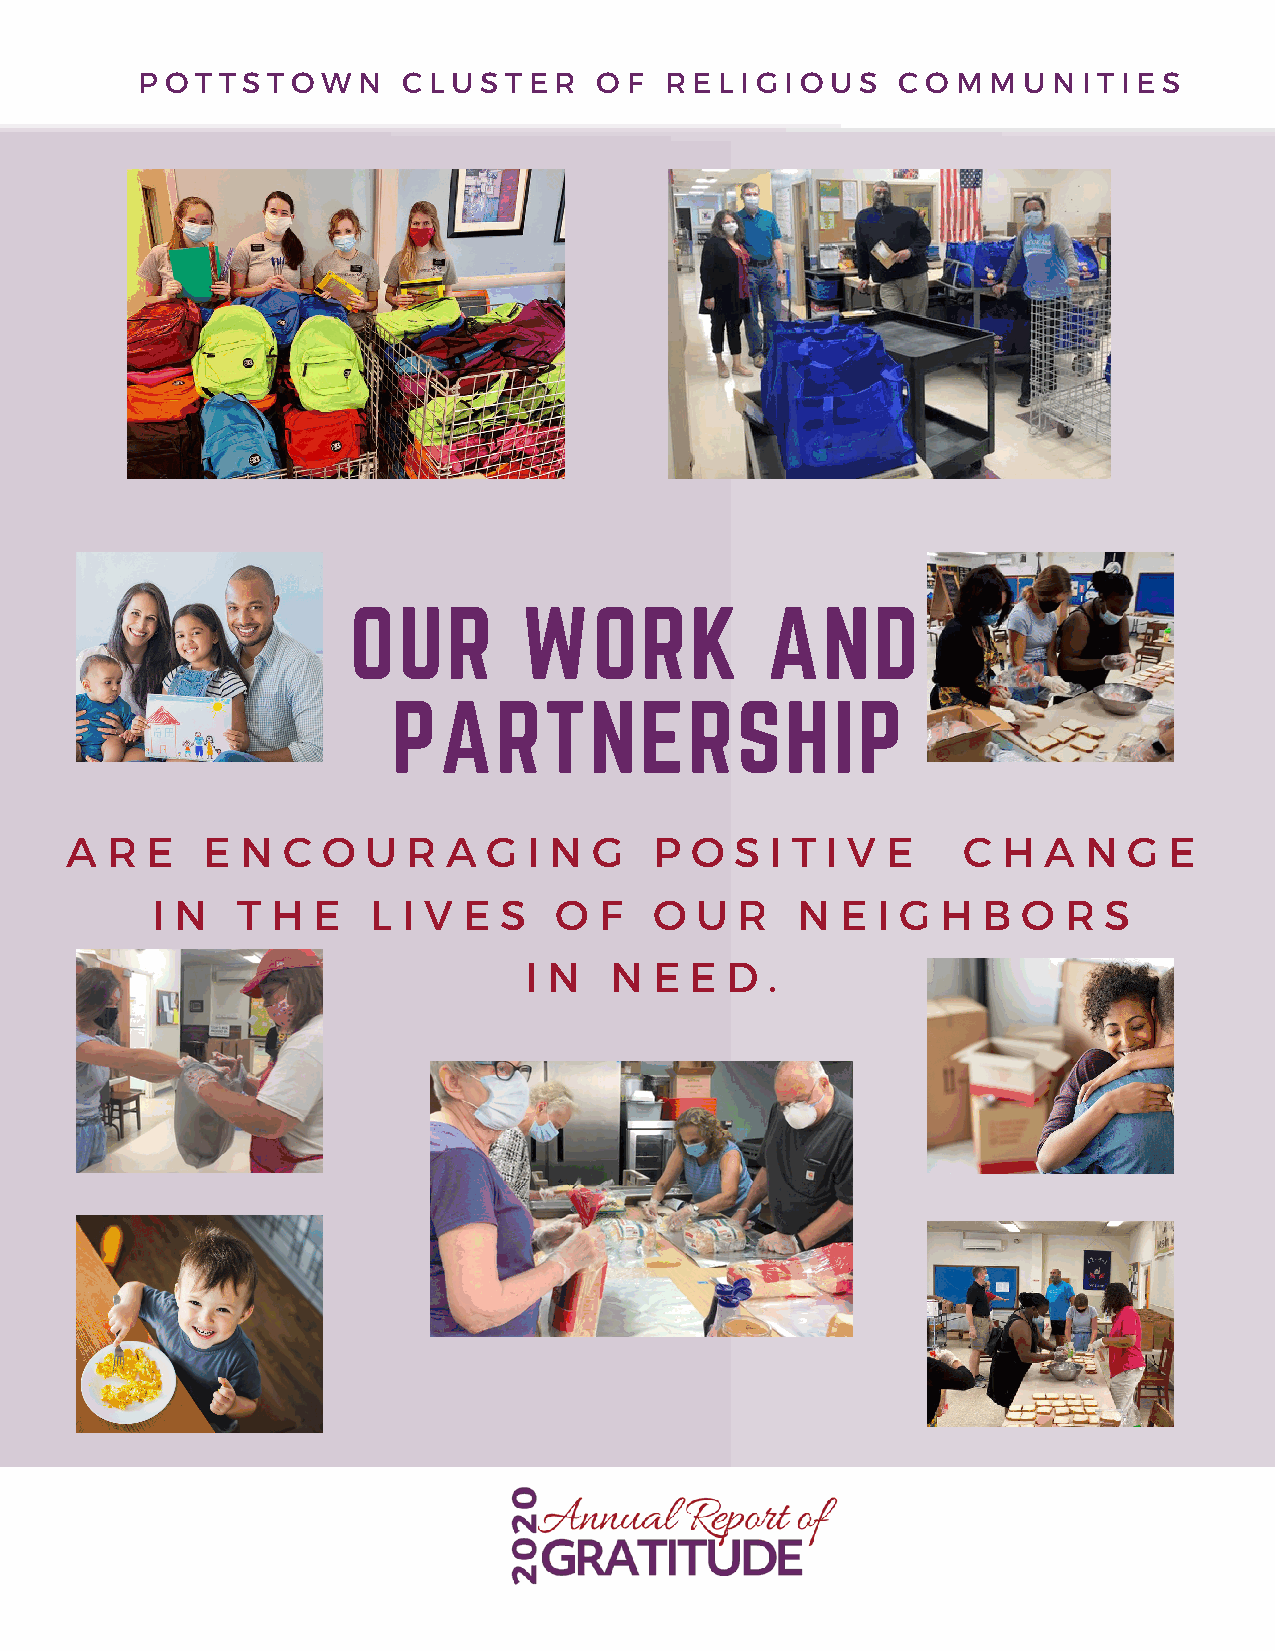
P O T T S T O W N C L U S T E R O F R E L I G I O U S C O M M U N I T I E S
 OUR        WORK             AND
 PARTNERSHIP
 A  R  E  E  N  C O  U  R  A G  I N G   P  O  S I T I V E    C H  A  N  G E
 I N   T H  E   L I V E S   O  F  O  U  R   N  E I G H  B  O R  S
 I N  N  E  E D  .